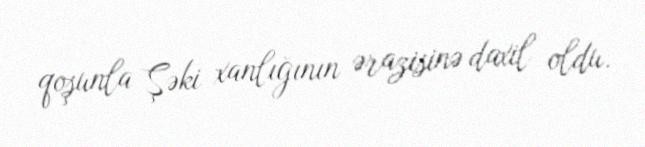
qoşunla Şəki xanlığının ərazisinə daxil oldu.